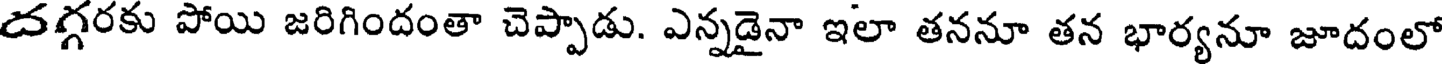
దగ్గరకు పోయి జరిగిందంతా చెప్పాడు. ఎన్నడైనా ఇలా తననూ తన భార్యనూ జూదంలో